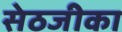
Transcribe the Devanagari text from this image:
सेठजीका